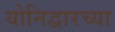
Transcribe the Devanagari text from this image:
योनिद्वारच्या